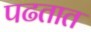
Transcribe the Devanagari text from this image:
पढतात